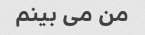
من می بینم